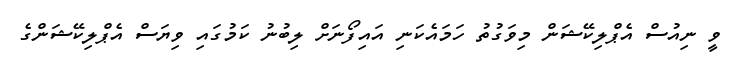
ވީ ނިއުސް އެޕްލިކޭޝަން މިވަގުތު ހަމައެކަނި އައިފޯނަށް ލިބުނު ކަމުގައި ވިޔަސް އެޕްލިކޭޝަންގެ